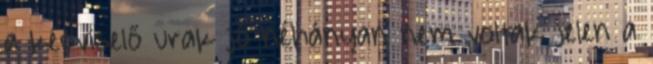
a képviselő urak jó néhányan nem voltak jelen a